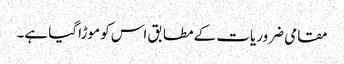
مقامی ضروریات کے مطابق اس کو موڑا گیا ہے۔